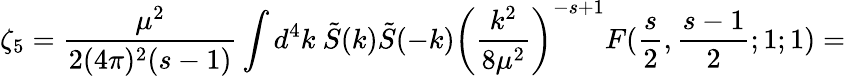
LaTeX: \zeta_{5}=\frac{\mu^{2}}{2(4\pi)^{2}(s-1)}\int d^{4}k\ \tilde{S}(k)\tilde{S}(-k)\left(\frac{k^{2}}{8\mu^{2}}\right)^{-s+1}F(\frac{s}{2},\frac{s-1}{2};1;1)=